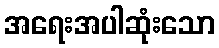
အရေးအပါဆုံးသော